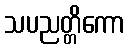
သပညတ္တိကော